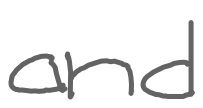
Text: and
Cross-out: clean
Writing tool: digital_gray